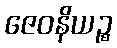
ဇေဝနိယဉ္စ